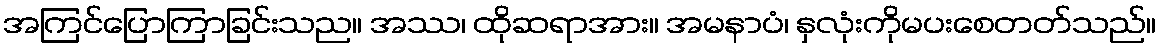
အကြင်ပြောကြာခြင်းသည။ အဿ၊ ထိုဆရာအား။ အမနာပံ၊ နှလုံးကိုမပးစေတတ်သည်။